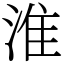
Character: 淮